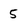
Character: 5